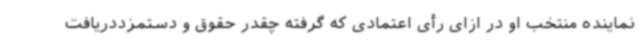
نماینده منتخب او در ازای رأی اعتمادی که گرفته چقدر حقوق و دستمزددریافت